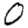
Digit: 0